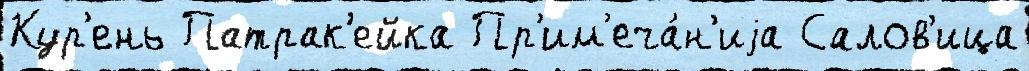
Кур'ень Патрак'ейка Пр'им'еча́н'иjа Салов'ица